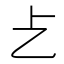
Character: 𠧒